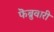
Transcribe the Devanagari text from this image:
फॆब्रुवारी